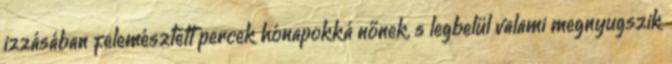
izzásában felemésztett percek hónapokká nőnek, s legbelül valami megnyugszik